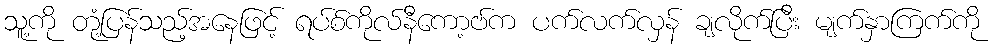
သူ့ကို တုံ့ပြန်သည့်အနေဖြင့် ရပ်စ်ကိုလ်နီကော့ဗ်က ပက်လက်လှန် ချလိုက်ပြီး မျက်နှာကြက်ကို